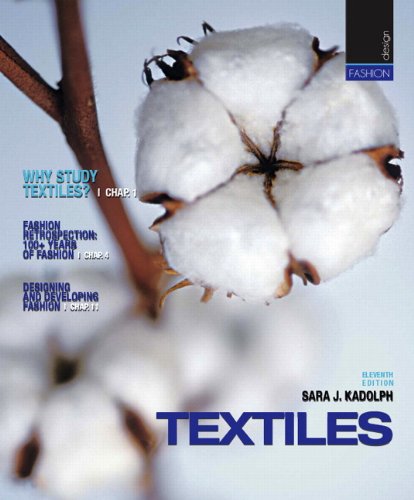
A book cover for Textiles (11th Edition); Sara J. Kadolph; Arts & Photography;